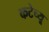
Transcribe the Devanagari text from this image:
कटेच्यू